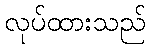
လုပ်ထားသည်